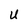
Character: U